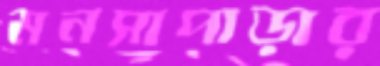
মনসাপাড়ার